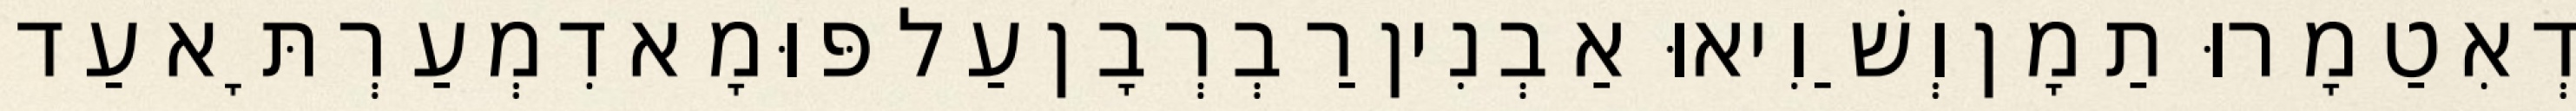
דְאִטַמָרוּ תַמָן וְשַׁוִיאוּ אַבְנִין רַבְרְבָן עַל פּוּמָא דִמְעַרְתָּא עַד